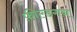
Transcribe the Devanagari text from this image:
फ़ील्डगन